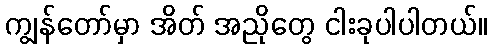
ကျွန်တော်မှာ အိတ် အညိုတွေ ငါးခုပါပါတယ်။